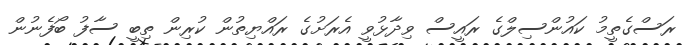
ރަސްގެތީމު ކައުންސިލްގެ ރައީސް ވިދާޅުވީ އެރަށުގެ ރައްޔިތުން ކުރިން ތިބީ ސާފު ބޯފެނުން